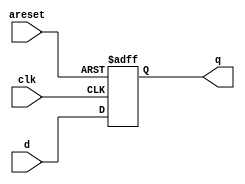
module top_module (
    input clk,
    input areset,   // active high asynchronous reset
    input [7:0] d,
    output [7:0] q
);

    always @(posedge clk or posedge areset) begin
        if(areset) begin
            q <= 8'b0;
        end else begin
            // 判断是否为上升沿
            if(clk) begin
                q <= d;
            end
        end
    end

endmodule